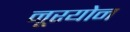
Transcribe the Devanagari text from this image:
नूरयोन